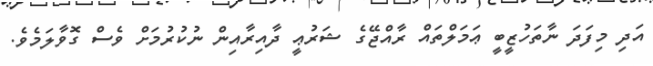
އަދި މިފަދަ ނާތަހުޒީބީ ޢަމަލްތައް ރާއްޖޭގެ ޝަރުޢީ ދާއިރާއިން ނުކުރުމަށް ވެސް ގޮވާލަމެވެ.